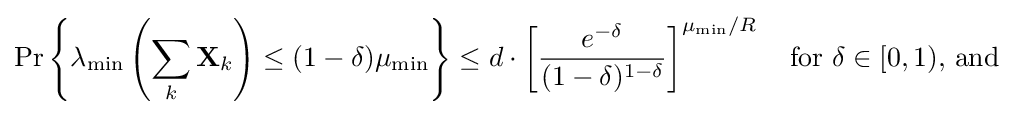
\Pr \left\{\lambda _{\text{min}}\left(\sum _{k}\mathbf {X} _{k}\right)\leq (1-\delta )\mu _{\text{min}}\right\}\leq d\cdot \left[{\frac {e^{-\delta }}{(1-\delta )^{1-\delta }}}\right]^{\mu _{\text{min}}/R}\quad {\text{for }}\delta \in [0,1){\text{, and}}